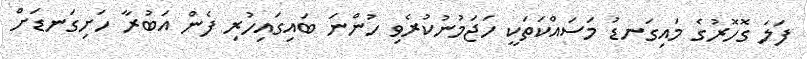
ފަލަ ގޮހޮރުގެ މައިގަނޑު މަސައްކަތަކީ ހަޖަމުނުކުރެވި ހުންނަ ބައިގައިހުރި ފެން އަބުރާ ހަށިގަނޑަށް